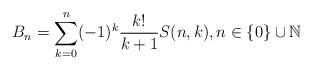
LaTeX: \begin{align*}B_n=\sum_{k=0}^n(-1)^k\frac{k!}{k+1}S(n,k), n\in\{0\}\cup\mathbb{N}\end{align*}